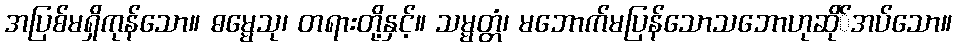
အပြစ်မရှိကုန်သော။ ဓမ္မေသု၊ တရားတို့နှင့်။ သမ္မတ္တံ၊ မဘောက်မပြန်သောသဘောဟုဆို်အပ်သော။